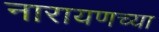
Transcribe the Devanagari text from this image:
नारायणच्या